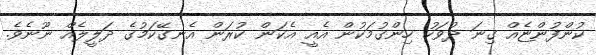
ކުންފުންޏެއް ގިނަ ދުވަހު ހިންގުމަކުން އެއީ އެކަން ކުރަން އެނގޭކަމުގެ ދަލީލެއް ނޫނެވެ.